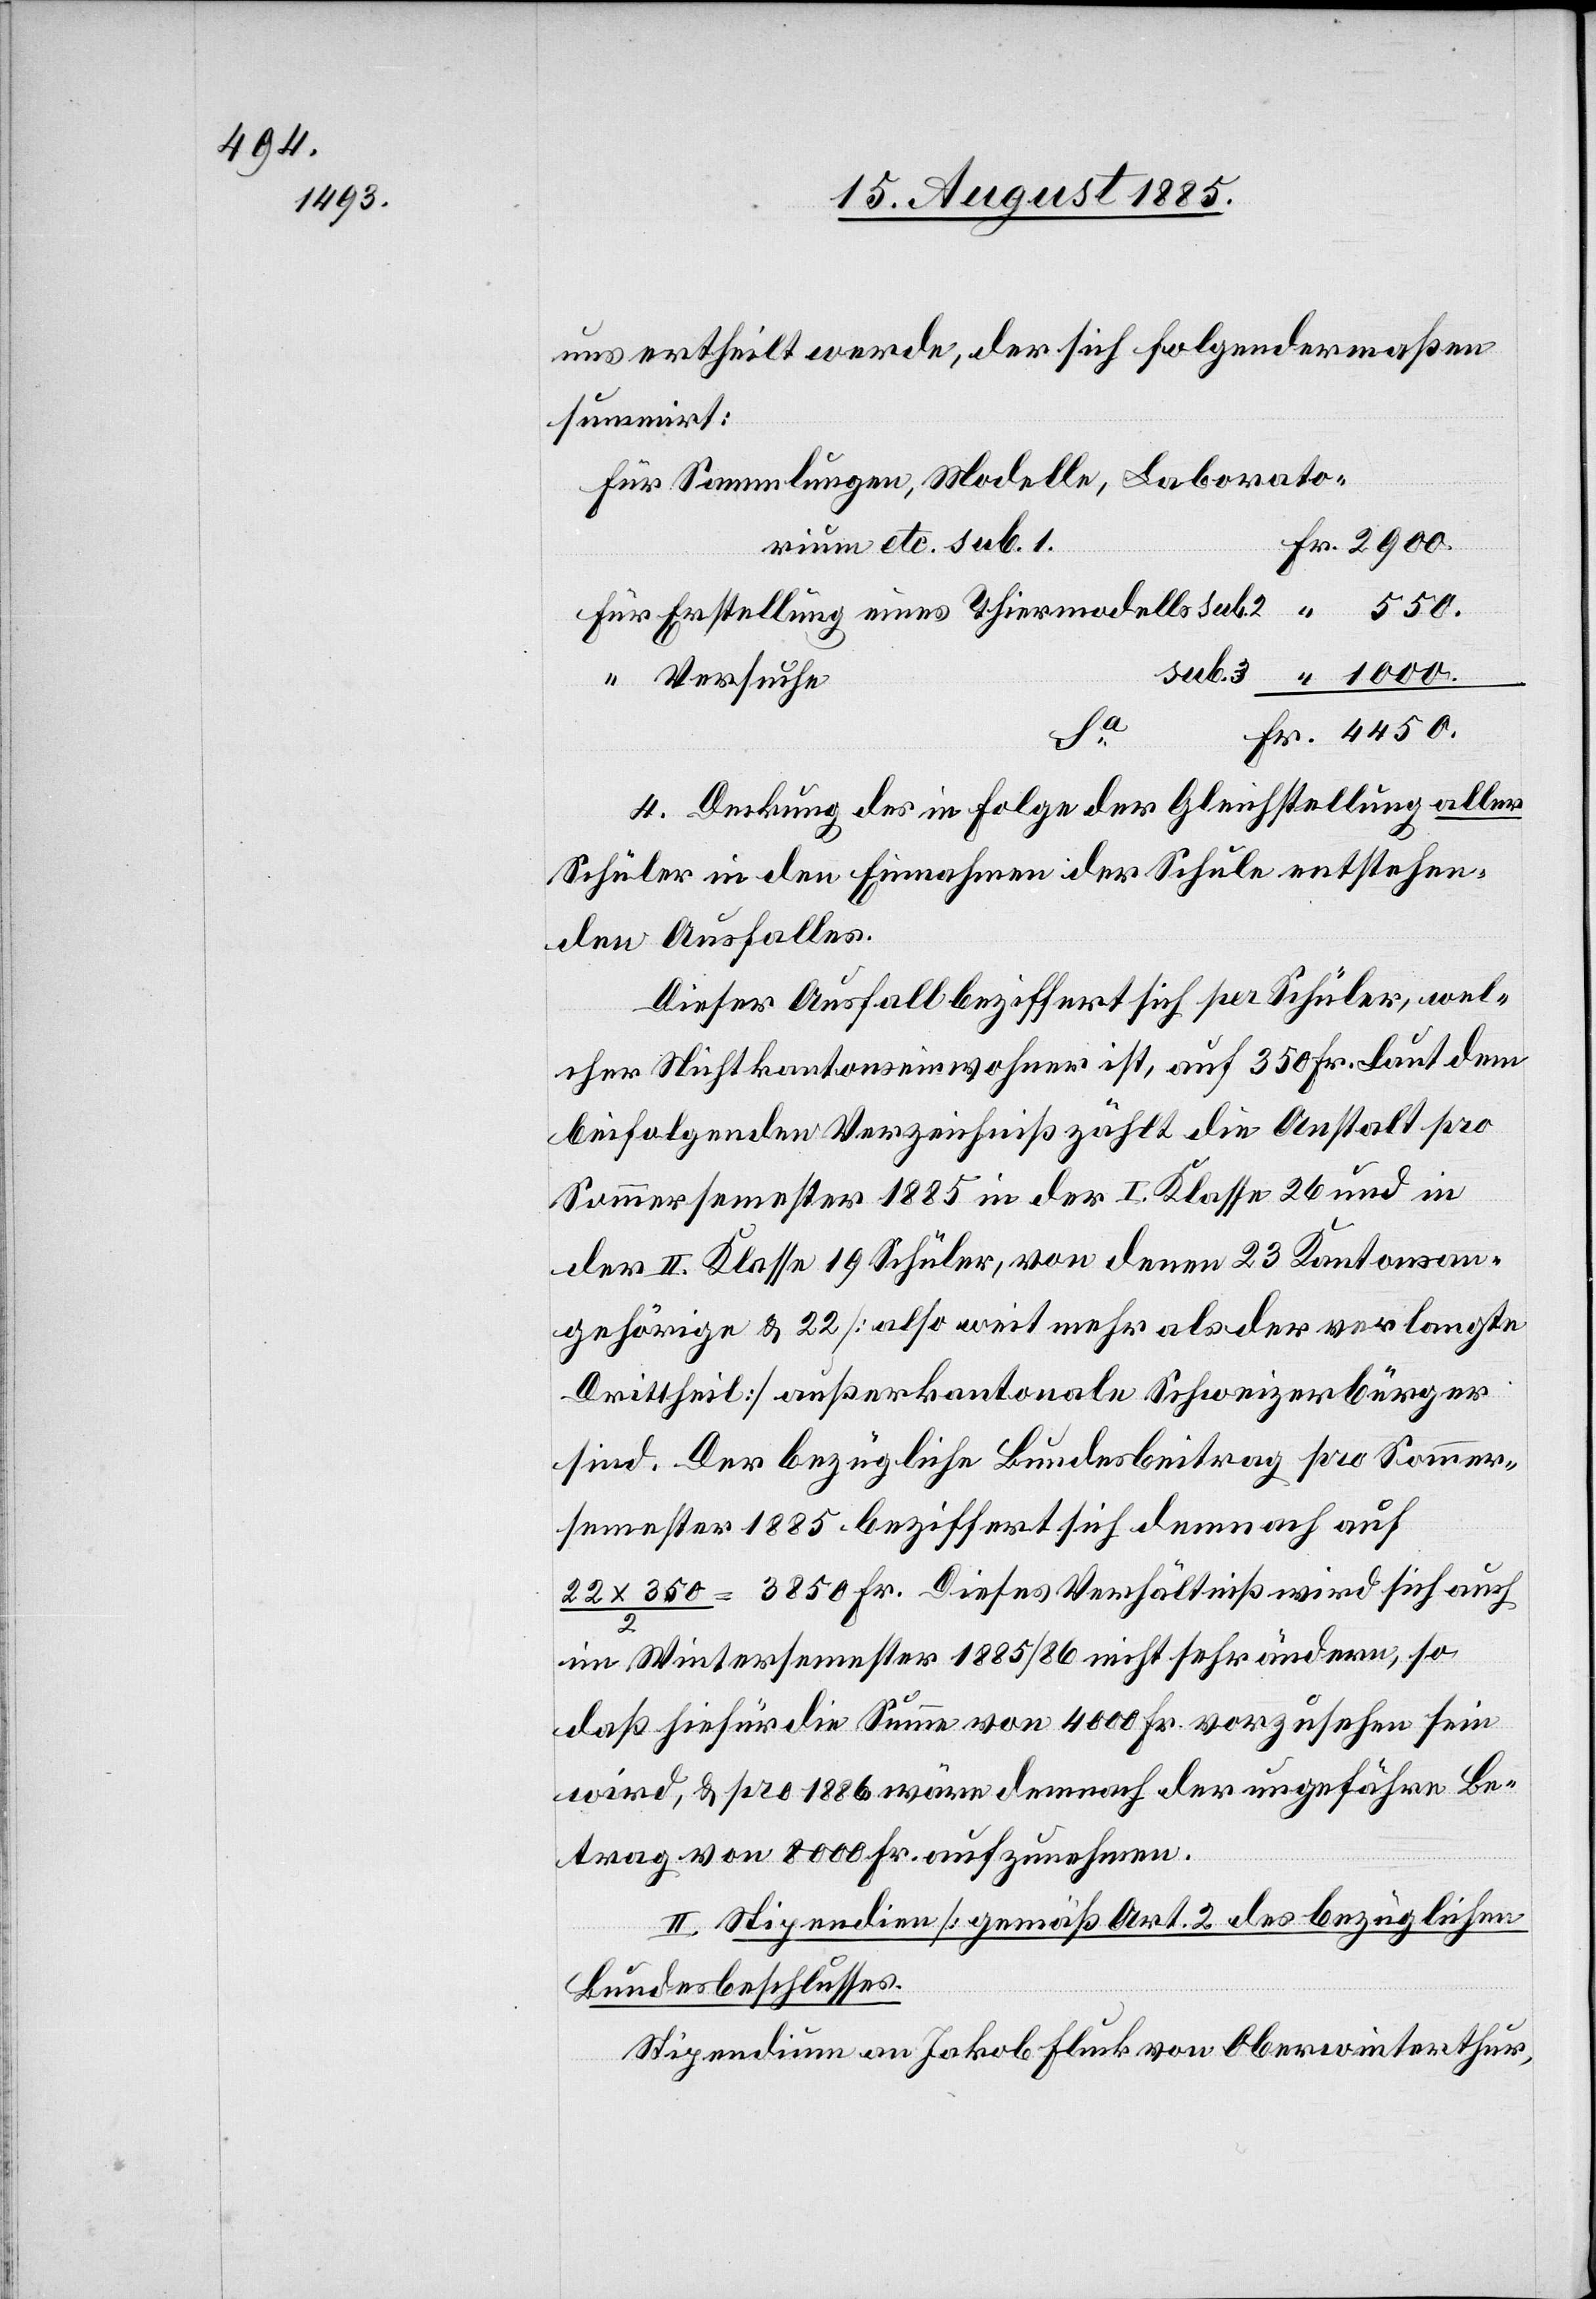
uns ertheilt werde, der sich folgendermaßen
summirt:
Für Sammlungen, Modelle, Laborato¬
rium etc. sub. 1.
Für Erstellung eines Thiermodells sub. 2
“ Versuche
4450.
4. Deckung des in Folge der Gleichstellung aller
Schüler in den Einnahmen der Schule entstehen¬
den Ausfalles.
Dieser Ausfall beziffert sich per Schüler, wel¬
cher Nichtkantonseinwohner ist, auf 350 Fr. Laut dem
beifolgenden Verzeichniß zählt die Anstalt pro
Sommersemester 1885 in der I. Klasse 26 und in
der II. Klasse 19 Schüler, von denen 23 Kantonsan¬
gehörige & 22 [also weit mehr als der verlangte
Drittheil] außerkantonale Schweizerbürger
sind. Der bezügliche Bundesbeitrag pro Sommer¬
semester 1885 beziffert sich demnach auf
22 x 350/2 = 3850 Fr. Dieses Verhältniß wird sich auch
im Wintersemsester 1885/86 nicht sehr ändern, so
daß sich hiefür die Summe von 4000 Fr. vorzusehen sein
wird, & pro 1886 wäre demnach der ungefähre Be¬
trag von 8000 Fr. aufzunehmen.
II. Stipendien [gemäß Art. 2 des bezüglichen
Bundesbeschlusses].
Stipendium an Jakob Fluck von Oberwinterthur,